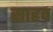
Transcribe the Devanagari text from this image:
साहव